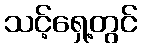
သင့်ရှေ့တွင်